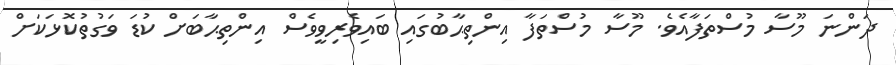
ދަންނަ މޫސާ މުސްތަފާއެވެ. މޫސާ މުސްތަފާ އިންތިޙާބުގައި ބައިވެރިވީވެސް އިންތިޙާބަށް ކުޑަ ވަގުތުކޮޅަކަށް